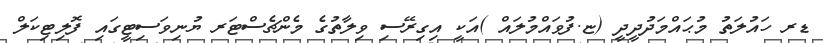
ޑރ ހައުލަތު މުޙައްމަދުދީދީ (ޏ.ފުވައްމުލައް )އަކީ އިގިރޭސި ވިލާތުގެ މެންޗެސްޓަރ ޔުނިވަސިޓީގައި ފޮލިޓިކަލް